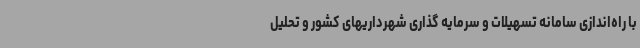
با راه‌اندازی سامانه تسهیلات و سرمایه گذاری شهرداریهای کشور و تحلیل